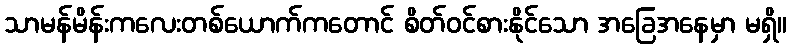
သာမန်မိန်းကလေးတစ်ယောက်ကတောင် စိတ်ဝင်စားနိုင်သော အခြေအနေမှာ မရှိ။